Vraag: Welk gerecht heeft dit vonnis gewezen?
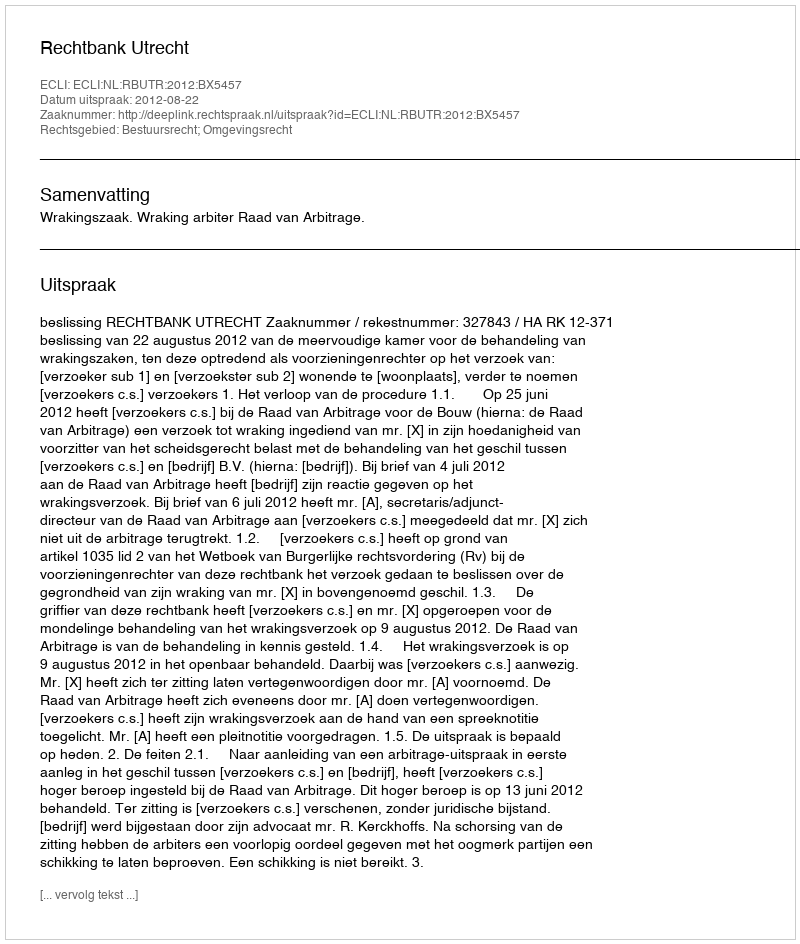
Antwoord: Rechtbank Utrecht